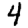
Digit: 4